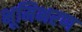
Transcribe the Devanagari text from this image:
भूमिभरण